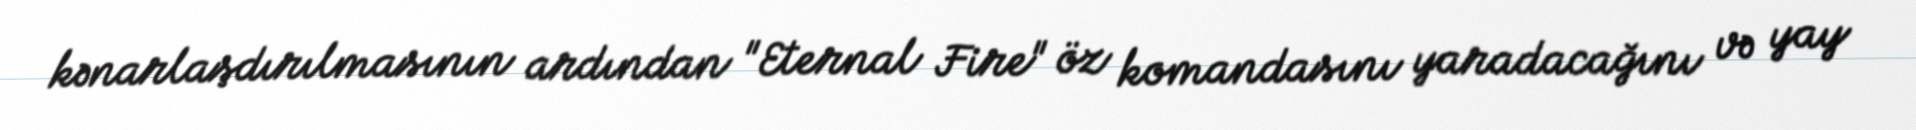
kənarlaşdırılmasının ardından "Eternal Fire" öz komandasını yaradacağını və yay